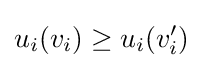
u_{i}(v_{i})\geq u_{i}(v_{i}')